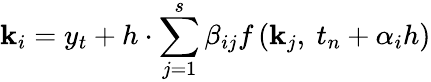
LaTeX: \mathbf{k}_{i}=y_{t}+h\cdot\sum_{j=1}^{s}\beta_{ij}f\left(\mathbf{k}_{j},\ t_{n}+\alpha_{i}h\right)